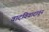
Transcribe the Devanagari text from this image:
वादविवादातून